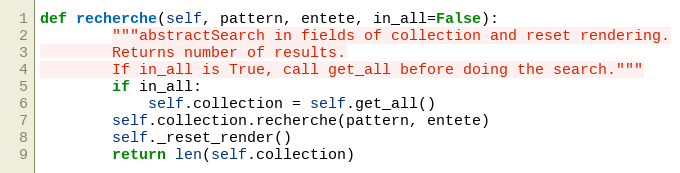
Language: Python
def recherche(self, pattern, entete, in_all=False):
        """abstractSearch in fields of collection and reset rendering.
        Returns number of results.
        If in_all is True, call get_all before doing the search."""
        if in_all:
            self.collection = self.get_all()
        self.collection.recherche(pattern, entete)
        self._reset_render()
        return len(self.collection)